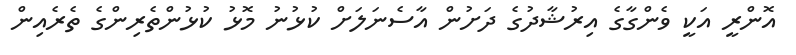
އޮންރީ އަކީ ވެންގާގެ އިރުޝާދުގެ ދަށުން އާސެނަލަށް ކުޅުނު މޮޅު ކުޅުންތެރިންގެ ތެރެއިން